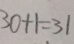
3 0 + 1 = 3 1